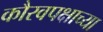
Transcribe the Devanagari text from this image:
कौरवपक्षाच्या